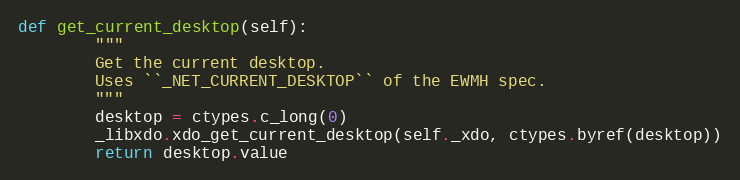
Language: Python
def get_current_desktop(self):
        """
        Get the current desktop.
        Uses ``_NET_CURRENT_DESKTOP`` of the EWMH spec.
        """
        desktop = ctypes.c_long(0)
        _libxdo.xdo_get_current_desktop(self._xdo, ctypes.byref(desktop))
        return desktop.value